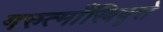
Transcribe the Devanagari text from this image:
गरुत्माँस्त्रिवृत्ते